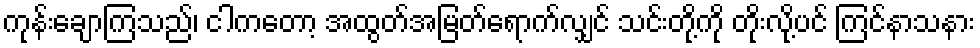
ကုန်းချောကြသည်၊ ငါကတော့ အထွတ်အမြတ်ရောက်လျှင် သင်းတို့ကို တိုးလို့ပင် ကြင်နာသနား